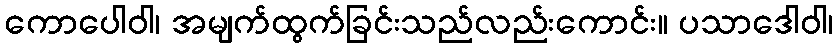
ကောပေါဝါ၊ အမျက်ထွက်ခြင်းသည်လည်းကောင်း။ ပသာဒေါဝါ၊